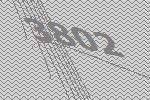
3802